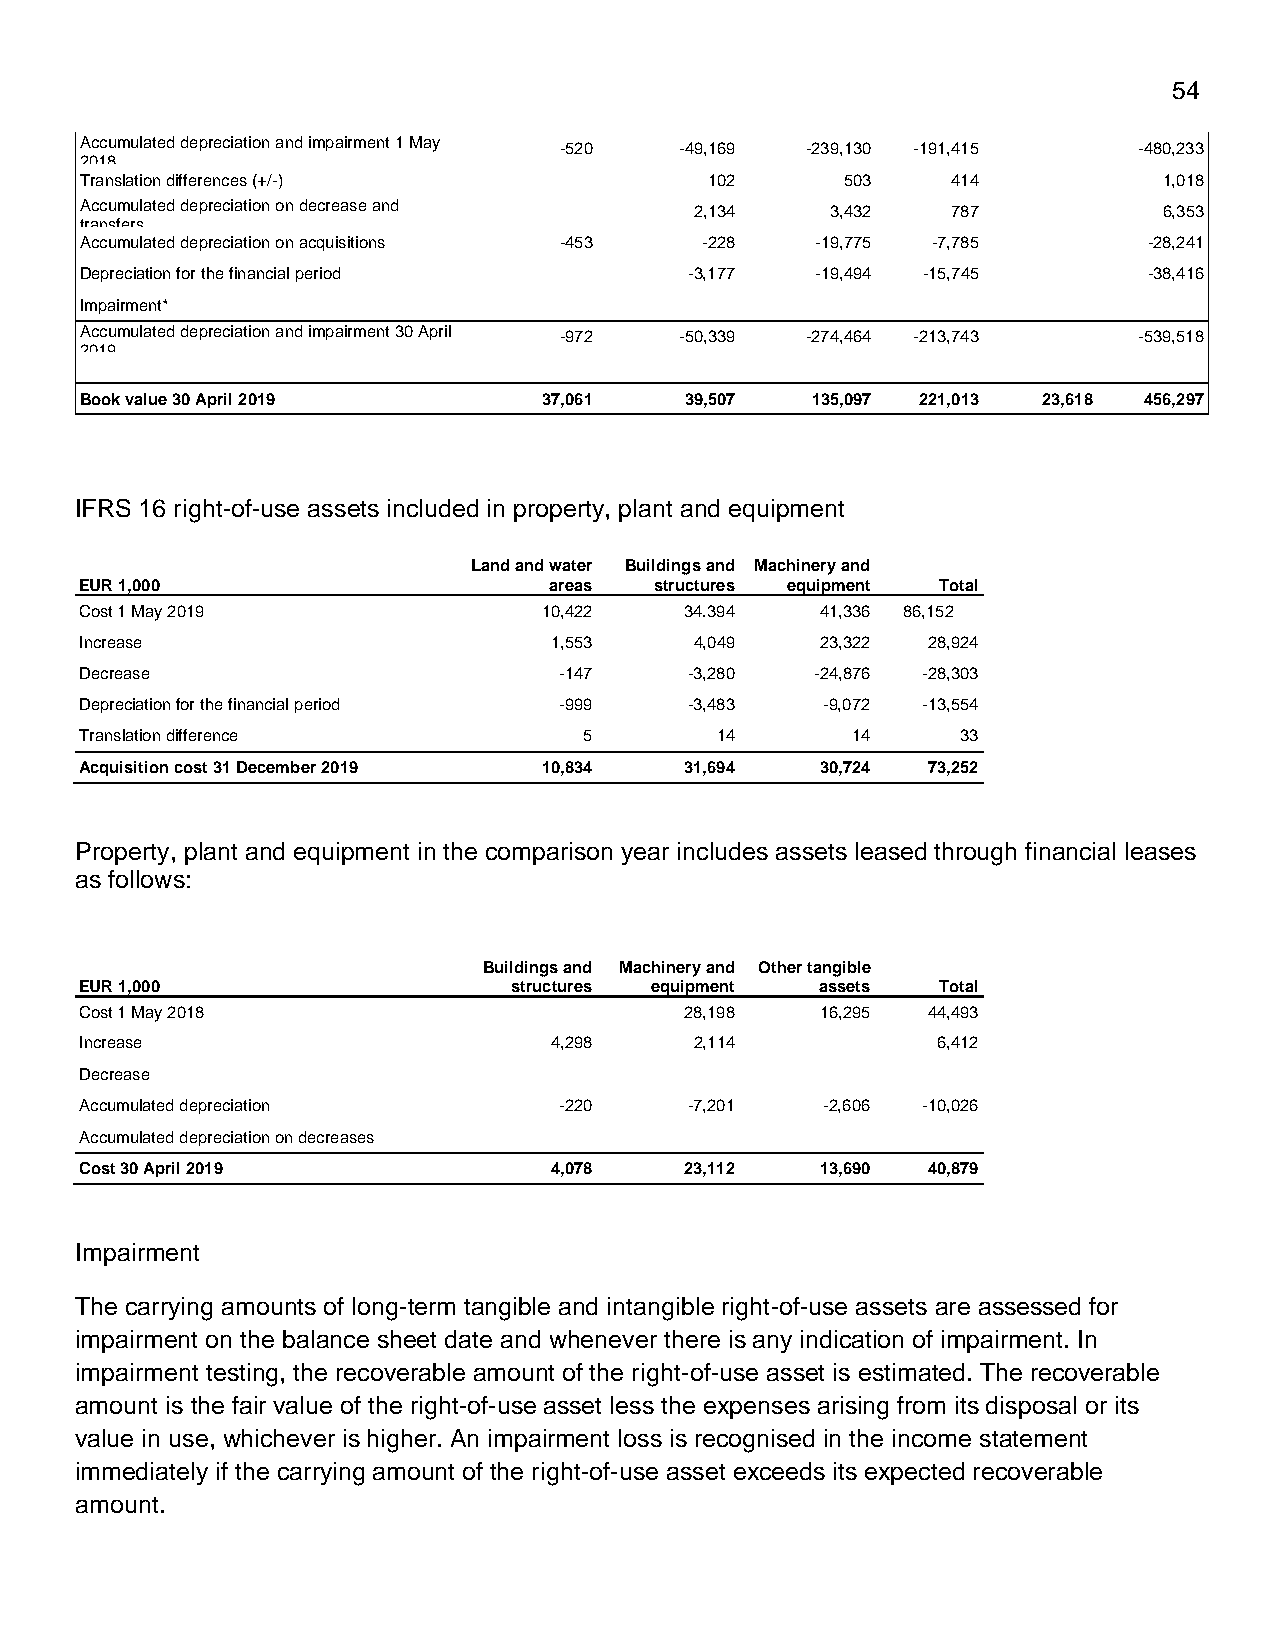
54
 Accumulated depreciation and impairment 1 May -520 -49,169 -239,130 -191,415 -480,233
 2018
 Translation differences (+/-)             102      503    414           1,018
 Accumulated depreciation on decrease and 2,134    3,432   787           6,353
 transfers
 Accumulated depreciation on acquisitions -453 -228 -19,775 -7,785      -28,241
 Depreciation for the financial period    -3,177  -19,494 -15,745       -38,416
 Impairment*
 Accumulated depreciation and impairment 30 April -972 -50,339 -274,464 -213,743 -539,518
 2019
 Book value 30 April 2019       37,061   39,507   135,097 221,013 23,618 456,297
 IFRS 16 right-of-use assets included in property, plant and equipment
 Land and water Buildings and Machinery and
 EUR 1,000                      areas  structures equipment Total
 Cost 1 May 2019                10,422   34.394   41,336 86,152
 Increase                       1,553     4,049   23,322 28,924
 Decrease                        -147     -3,280  -24,876 -28,303
 Depreciation for the financial period -999 -3,483 -9,072 -13,554
 Translation difference            5       14       14      33
 Acquisition cost 31 December 2019 10,834 31,694  30,724 73,252
 Property, plant and equipment in the comparison year includes assets leased through financial leases
 as follows:
 Buildings and Machinery and Other tangible
 EUR 1,000                    structures equipment assets Total
 Cost 1 May 2018                         28,198   16,295 44,493
 Increase                       4,298     2,114           6,412
 Decrease
 Accumulated depreciation        -220     -7,201   -2,606 -10,026
 Accumulated depreciation on decreases
 Cost 30 April 2019             4,078    23,112   13,690 40,879
 Impairment
 The carrying amounts of long-term tangible and intangible right-of-use assets are assessed for
 impairment on the balance sheet date and whenever there is any indication of impairment. In
 impairment testing, the recoverable amount of the right-of-use asset is estimated. The recoverable
 amount is the fair value of the right-of-use asset less the expenses arising from its disposal or its
 value in use, whichever is higher. An impairment loss is recognised in the income statement
 immediately if the carrying amount of the right-of-use asset exceeds its expected recoverable
 amount.